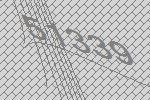
51339